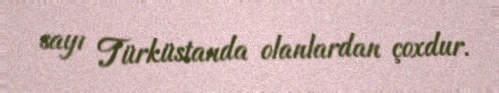
sayı Türküstanda olanlardan çoxdur.